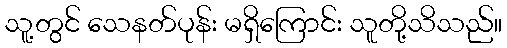
သူ့တွင် သေနတ်ပုန်း မရှိကြောင်း သူတို့သိသည်။